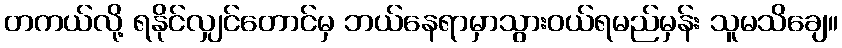
တကယ်လို့ ရနိုင်လျှင်တောင်မှ ဘယ်နေရာမှာသွားဝယ်ရမည်မှန်း သူမသိချေ။